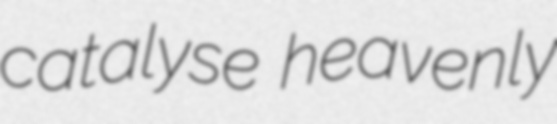
catalyse heavenly